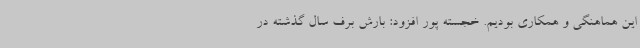
این هماهنگی و همکاری بودیم. خجسته پور افزود: بارش برف سال گذشته در